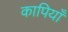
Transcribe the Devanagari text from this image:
कापियाँ